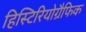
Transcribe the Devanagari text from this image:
हिस्टिरियोग्रैफिक